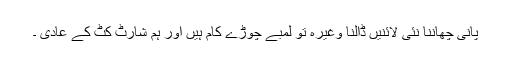
پانی چھاننا نئی لائنیں ڈالنا وغیرہ تو لمبے چوڑے کام ہیں اور ہم شارٹ کٹ کے عادی ۔